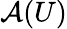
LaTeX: {\mathcal{A}}(U)